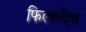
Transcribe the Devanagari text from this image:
फिलामेंट्स